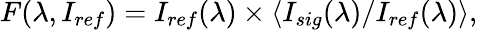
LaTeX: F(\lambda,I_{ref})=I_{ref}(\lambda)\times\langle I_{sig}(\lambda)/I_{ref}(\lambda)\rangle,